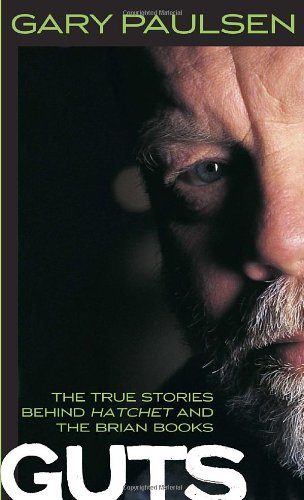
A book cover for Guts; Gary Paulsen; Teen & Young Adult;